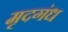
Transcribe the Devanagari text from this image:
मृदगंध